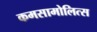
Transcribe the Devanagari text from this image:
कमसामोलित्स